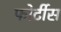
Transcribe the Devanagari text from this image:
फोर्टीस